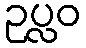
ဥပ္လဝ